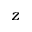
z